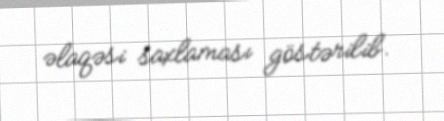
əlaqəsi saxlaması göstərilib.